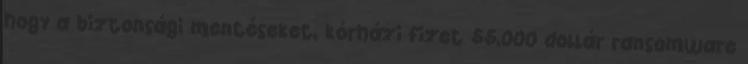
hogy a biztonsági mentéseket, kórházi fizet 55,000 dollár ransomware